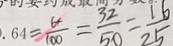
0 . 6 4 = \frac { 6 4 } { 1 0 0 } = \frac { 3 2 } { 5 0 } = \frac { 1 6 } { 2 5 }